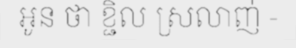
អូន ថា ខ្ជិល ស្រលាញ់ -